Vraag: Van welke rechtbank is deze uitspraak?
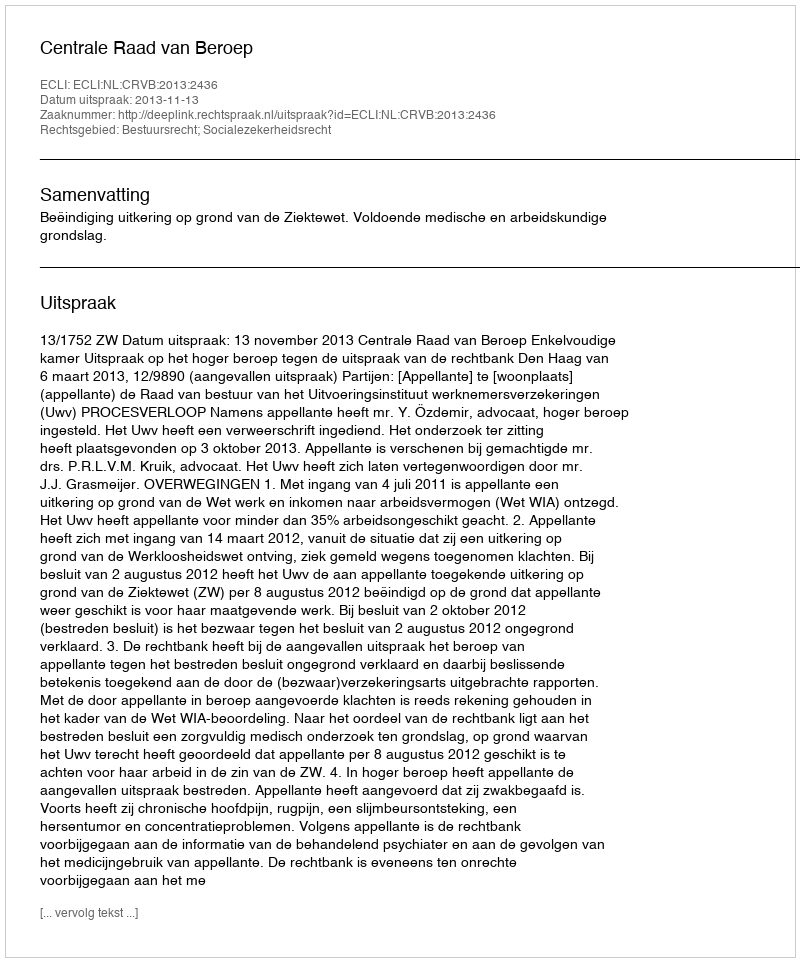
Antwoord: Centrale Raad van Beroep